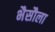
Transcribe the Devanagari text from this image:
भैसौला